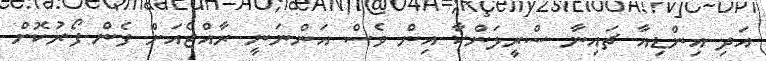
އަދި އިންޑިއާ ޗައިނާ ސްރީލަންކާ އިން ވެސް އަންނަނީ ރާއްޖެއަށް ފެން ފޯރުކޮށް